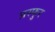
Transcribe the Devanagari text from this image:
प्रस्फुर